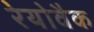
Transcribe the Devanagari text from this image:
रेयोवैक